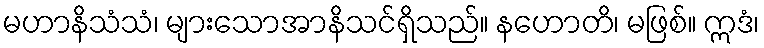
မဟာနိသံသံ၊ များသောအာနိသင်ရှိသည်။ နဟောတိ၊ မဖြစ်။ ဣဒံ၊